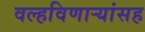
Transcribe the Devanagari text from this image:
वल्हविणाऱ्यांसह